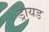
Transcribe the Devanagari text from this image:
ड्रायड